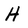
Character: H